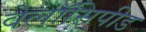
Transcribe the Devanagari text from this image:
वेलॉसिपीड